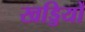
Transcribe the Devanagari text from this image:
खड्डियों